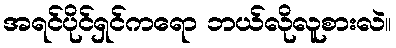
အရင်ပိုင်ရှင်ကရော ဘယ်လိုလူစားလဲ။